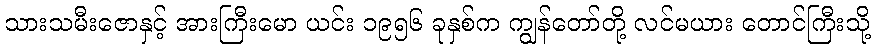
သားသမီးဇောနှင့် အားကြီးမော ယင်း ၁၉၅၆ ခုနှစ်က ကျွန်တော်တို့ လင်မယား တောင်ကြီးသို့